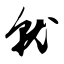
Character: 就